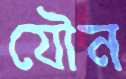
যৌন